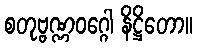
စတုဗ္ဗဏ္ဏဝဂ္ဂေါ နိဋ္ဌိတော။